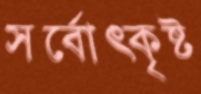
সর্বোত্কৃষ্ট